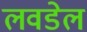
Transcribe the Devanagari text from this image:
लवडेल